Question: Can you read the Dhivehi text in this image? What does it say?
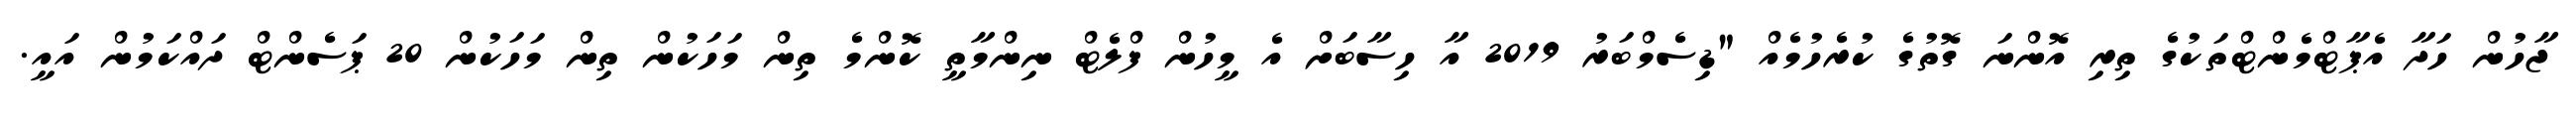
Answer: ޖާހުން ހަދާ އެޕާޓްމެންޓްތަކުގެ ތިރި އޮންނަ ގޮތުގެ ކުރެހުމެއް "ޑިސެމްބަރު 2019 އާ ހިސާބަށް އެ މީހުން ފްލެޓް ނިންމާތީ ކޮންމެ ތިން މަހަކުން ތިން މަހަކުން 20 ޕަސެންޓް ދައްކަމުން އައީ.